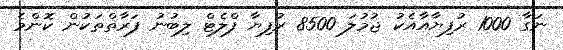
ނަގާ 1000 ރުފިޔާއާއެކު ޖުމުލަ 8500 ރުފިޔާ ފްލެޓް ލިބުނު ފަރާތްތަކުން ކޮންމެ